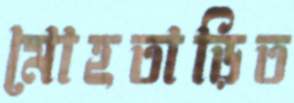
মোহতাড়িত